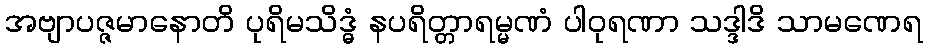
အဗျာပဇ္ဇမာနောတိ ပုရိမသိဒ္ဓံ နပရိတ္တာရမ္မဏံ ပါဝုရဏာ သဒ္ဒါဒိ သာမဏေရ